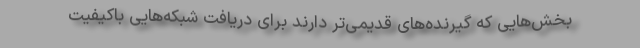
بخش‌هایی که گیرنده‌های قدیمی‌تر دارند برای دریافت شبکه‌هایی باکیفیت